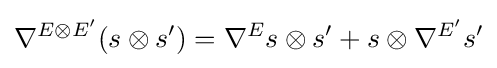
\nabla ^{E\otimes E'}(s\otimes s')=\nabla ^{E}s\otimes s'+s\otimes \nabla ^{E'}s'